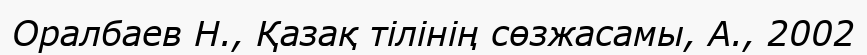
Оралбаев Н., Қазақ тілінің сөзжасамы, А., 2002